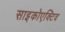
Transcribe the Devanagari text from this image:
साइकोएक्टिव